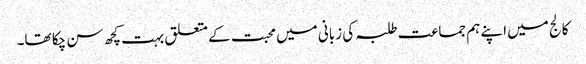
کالج میں اپنے ہم جماعت طلبہ کی زبانی میں محبت کے متعلق بہت کچھ سن چکا تھا۔